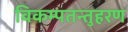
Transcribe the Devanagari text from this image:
विकम्पतन्तुहरण